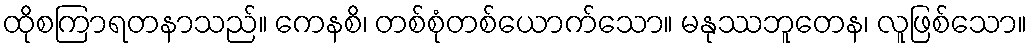
ထိုစကြာရတနာသည်။ ကေနစိ၊ တစ်စုံတစ်ယောက်သော။ မနုဿဘူတေန၊ လူဖြစ်သော။